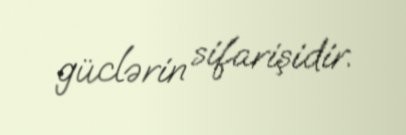
güclərin sifarişidir.